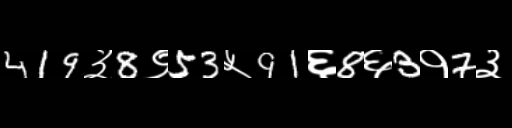
Text: 419३8९53५91६8६3१7३